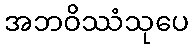
အဘဝိဿံသုပေ